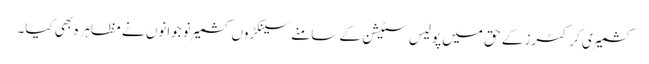
کشمیری کرکٹرز کے حق میں پولیس سٹیشن کے سامنے سینکڑوں کشمیر نوجوانوں نے مظاہرہ بھی کیا۔